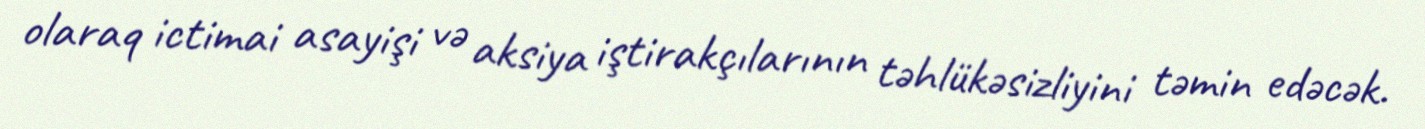
olaraq ictimai asayişi və aksiya iştirakçılarının təhlükəsizliyini təmin edəcək.